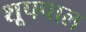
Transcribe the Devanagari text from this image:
शूपपाल